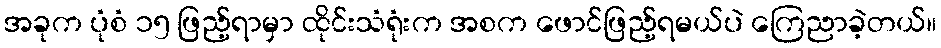
အခုက ပုံစံ ၁၅ ဖြည့်ရာမှာ ထိုင်းသံရုံးက အစက ဖောင်ဖြည့်ရမယ်ပဲ ကြေညာခဲ့တယ်။